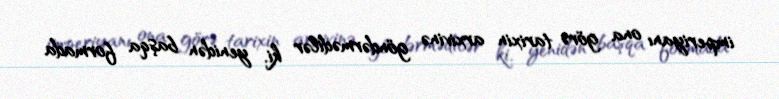
imperiyanı ona görə tarixin arxivinə göndərmədilər ki, yenidən başqa formada